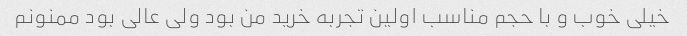
خیلی خوب و با حجم مناسب اولین تجربه خرید من بود ولی عالی بود ممنونم